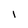
Character: i